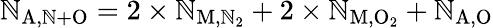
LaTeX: \mathbb{N}_{\mathrm{{A,\mathbb{N}+O}}}=2\times\mathbb{N}_{\mathrm{{M,\mathbb{N}_{2}}}}+2\times\mathbb{N}_{\mathrm{{M,O_{2}}}}+\mathbb{N}_{\mathrm{{A,O}}}